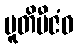
ပူတိဗီဇံဝ